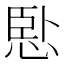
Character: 𢛶